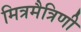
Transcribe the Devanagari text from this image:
मित्रमैत्रिणी